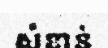
សំខាន់